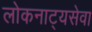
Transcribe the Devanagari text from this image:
लोकनाट्यसेवा